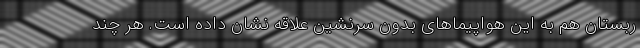
ربستان هم به این هواپیماهای بدون سرنشین علاقه نشان داده است. هر چند